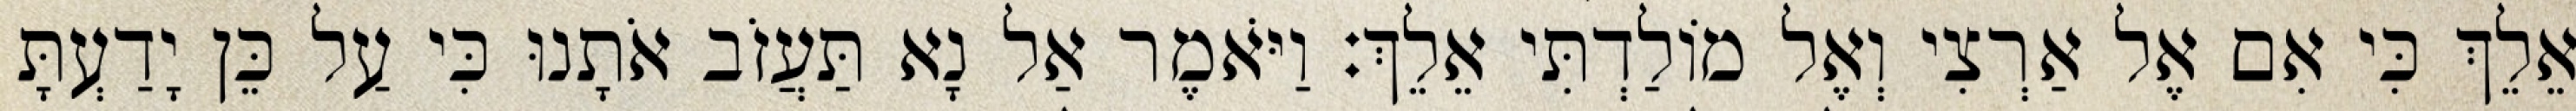
אֵלֵךְ כִּי אִם אֶל אַרְצִי וְאֶל מוֹלַדְתִּי אֵלֵךְ׃ וַיֹּאמֶר אַל נָא תַּעֲזֹב אֹתָנוּ כִּי עַל כֵּן יָדַעְתָּ